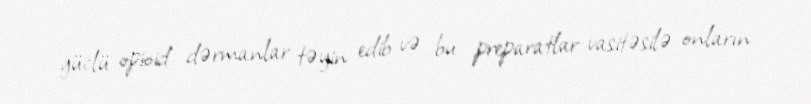
güclü opioid dərmanlar təyin edib və bu preparatlar vasitəsilə onların